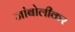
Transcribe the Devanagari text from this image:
जांबोलीकर